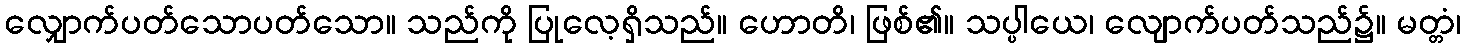
လျှောက်ပတ်သောပတ်သော။ သည်ကို ပြုလေ့ရှိသည်။ ဟောတိ၊ ဖြစ်၏။ သပ္ပါယေ၊ လျောက်ပတ်သည်၌။ မတ္တံ၊